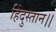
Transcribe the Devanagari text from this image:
हिंदुस्तान।।